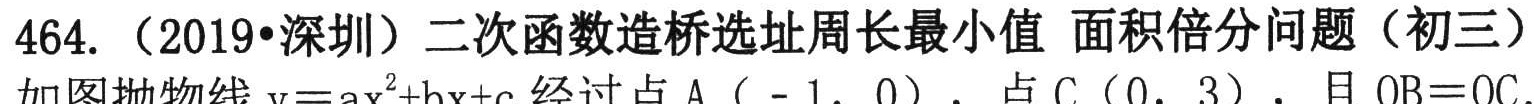
464. （2019•深圳）二次函数造桥选址周长最小值 面积倍分问题（初三）
如图抛物线\(y = ax^{2}+bx + c\)经过点\(A(-1,0)\)，点\(C(0,3)\)，且\(OB = OC\).